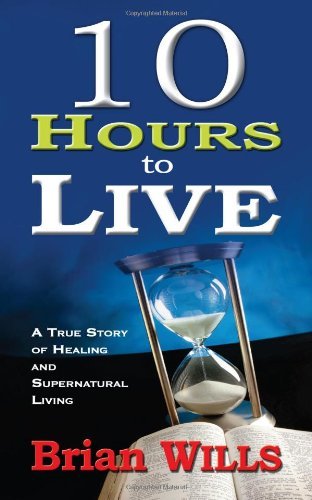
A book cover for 10 Hours to Live: A True Story of Healing and Supernatural Living [Paperback] [2010] (Author) WILLS BRIAN; Brian Wills; Law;